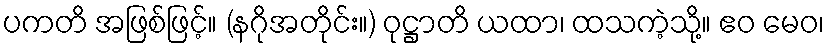
ပကတိ အဖြစ်ဖြင့်။ (နဂိုအတိုင်း။) ဝုဋ္ဌာတိ ယထာ၊ ထသကဲ့သို့။ ဧဝ မေဝ၊